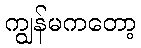
ကျွန်မကတော့